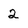
Character: 2